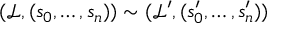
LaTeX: ( { \mathcal { L } } , ( s _ { 0 } , \ldots , s _ { n } ) ) \sim ( { \mathcal { L } } ^ { \prime } , ( s _ { 0 } ^ { \prime } , \ldots , s _ { n } ^ { \prime } ) )